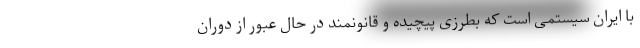
با ایران سیستمی است که بطرزی پیچیده و قانونمند در حال عبور از دوران